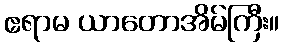
ဧရာမ ယာတောအိမ်ကြီး။